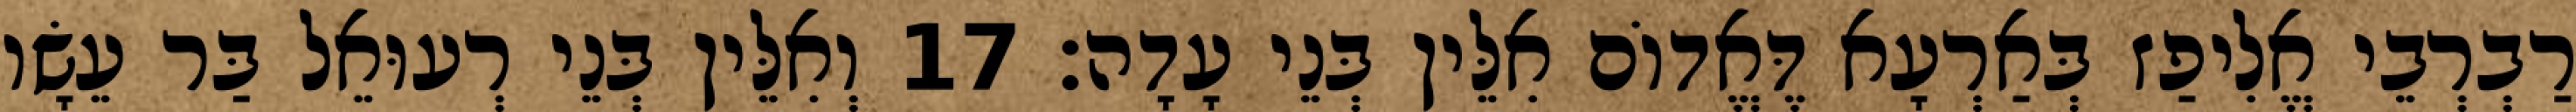
רַבְרְבֵי אֱלִיפַז בְּאַרְעָא דֶּאֱדוֹם אִלֵּין בְּנֵי עָדָה׃ 17 וְאִלֵּין בְּנֵי רְעוּאֵל בַּר עֵשָׂו